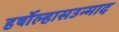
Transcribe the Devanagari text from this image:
हर्षोल्हासउन्माद